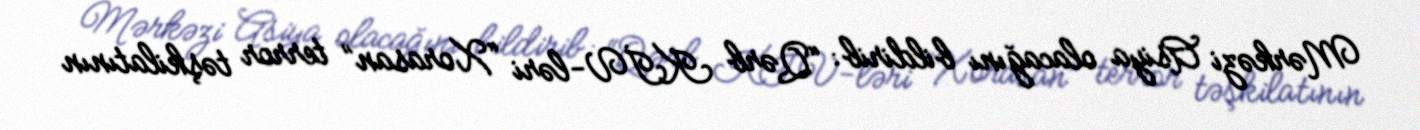
Mərkəzi Asiya olacağını bildirib: “Qərb KİV-ləri “Xorasan” terror təşkilatının